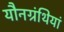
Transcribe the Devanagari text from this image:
यौनग्रंथियां